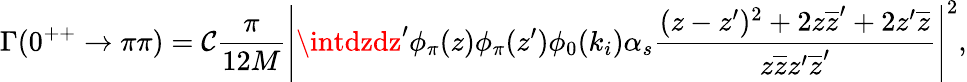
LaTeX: \Gamma(0^{++}\rightarrow\pi\pi)=\mathcal{C}\frac{{\pi}}{{12M}}\left|\intdzdz^{\prime}\phi_{\pi}(z)\phi_{\pi}(z^{\prime})\phi_{0}(k_{i})\alpha_{s}\frac{{(z-z^{\prime})^{2}+2z\overline{{{{z}}}}^{\prime}+2z^{\prime}\overline{{{{z}}}}}}{{z\overline{{{{z}}}}z^{\prime}\overline{{{{z}}}}^{\prime}}}\right|^{2},